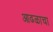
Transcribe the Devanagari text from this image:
आढळाचा